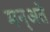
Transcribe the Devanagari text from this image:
मन्अते